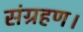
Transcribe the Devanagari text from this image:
संग्रहण।